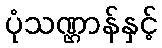
ပုံသဏ္ဌာန်နှင့်